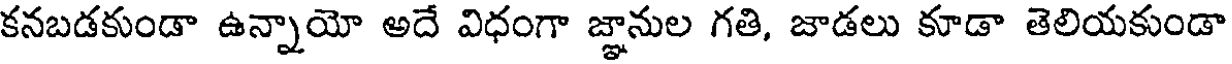
కనబడకుండా ఉన్నాయో అదే విధంగా జ్ఞానుల గతి, జాడలు కూడా తెలియకుండా